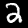
Digit: 2